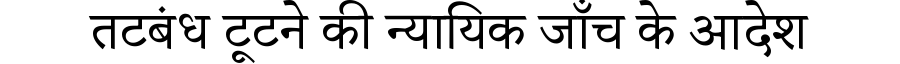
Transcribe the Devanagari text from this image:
तटबंध टूटने की न्यायिक जाँच के आदेश